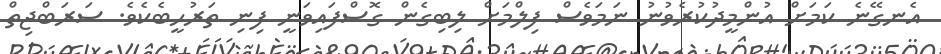
އެނގޭނެ ކަމަށް އުންމީދުކުރެވުނު ނަމަވެސް ފިލްމަށް ލިބިގެން ގޮސްފައިވަނީ ފިނި ތަރުހީބެކެވެ. ސަރަބްޖިތް